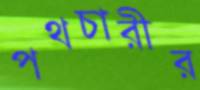
পথচারীর